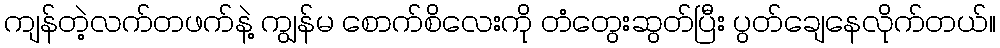
ကျန်တဲ့လက်တဖက်နဲ့ ကျွန်မ စောက်စိလေးကို တံတွေးဆွတ်ပြီး ပွတ်ချေနေလိုက်တယ်။